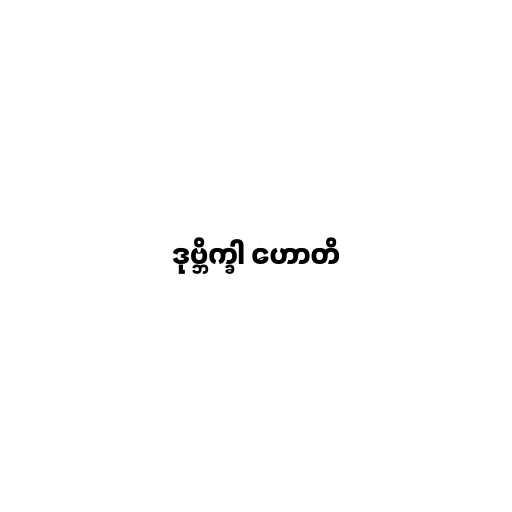
ဒုဗ္ဘိက္ခါ ဟောတိ